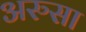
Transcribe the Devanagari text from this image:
अरुसा